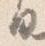
日